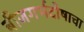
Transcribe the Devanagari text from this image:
बीजगर्भदोषाचा